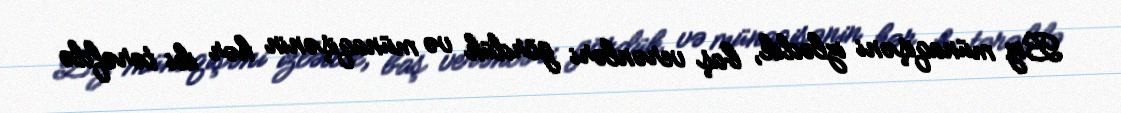
Biz münaqişəni izlədik, baş verənləri gördük və münaqişənin hər iki tərəfdə